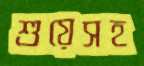
শুয়েসহ